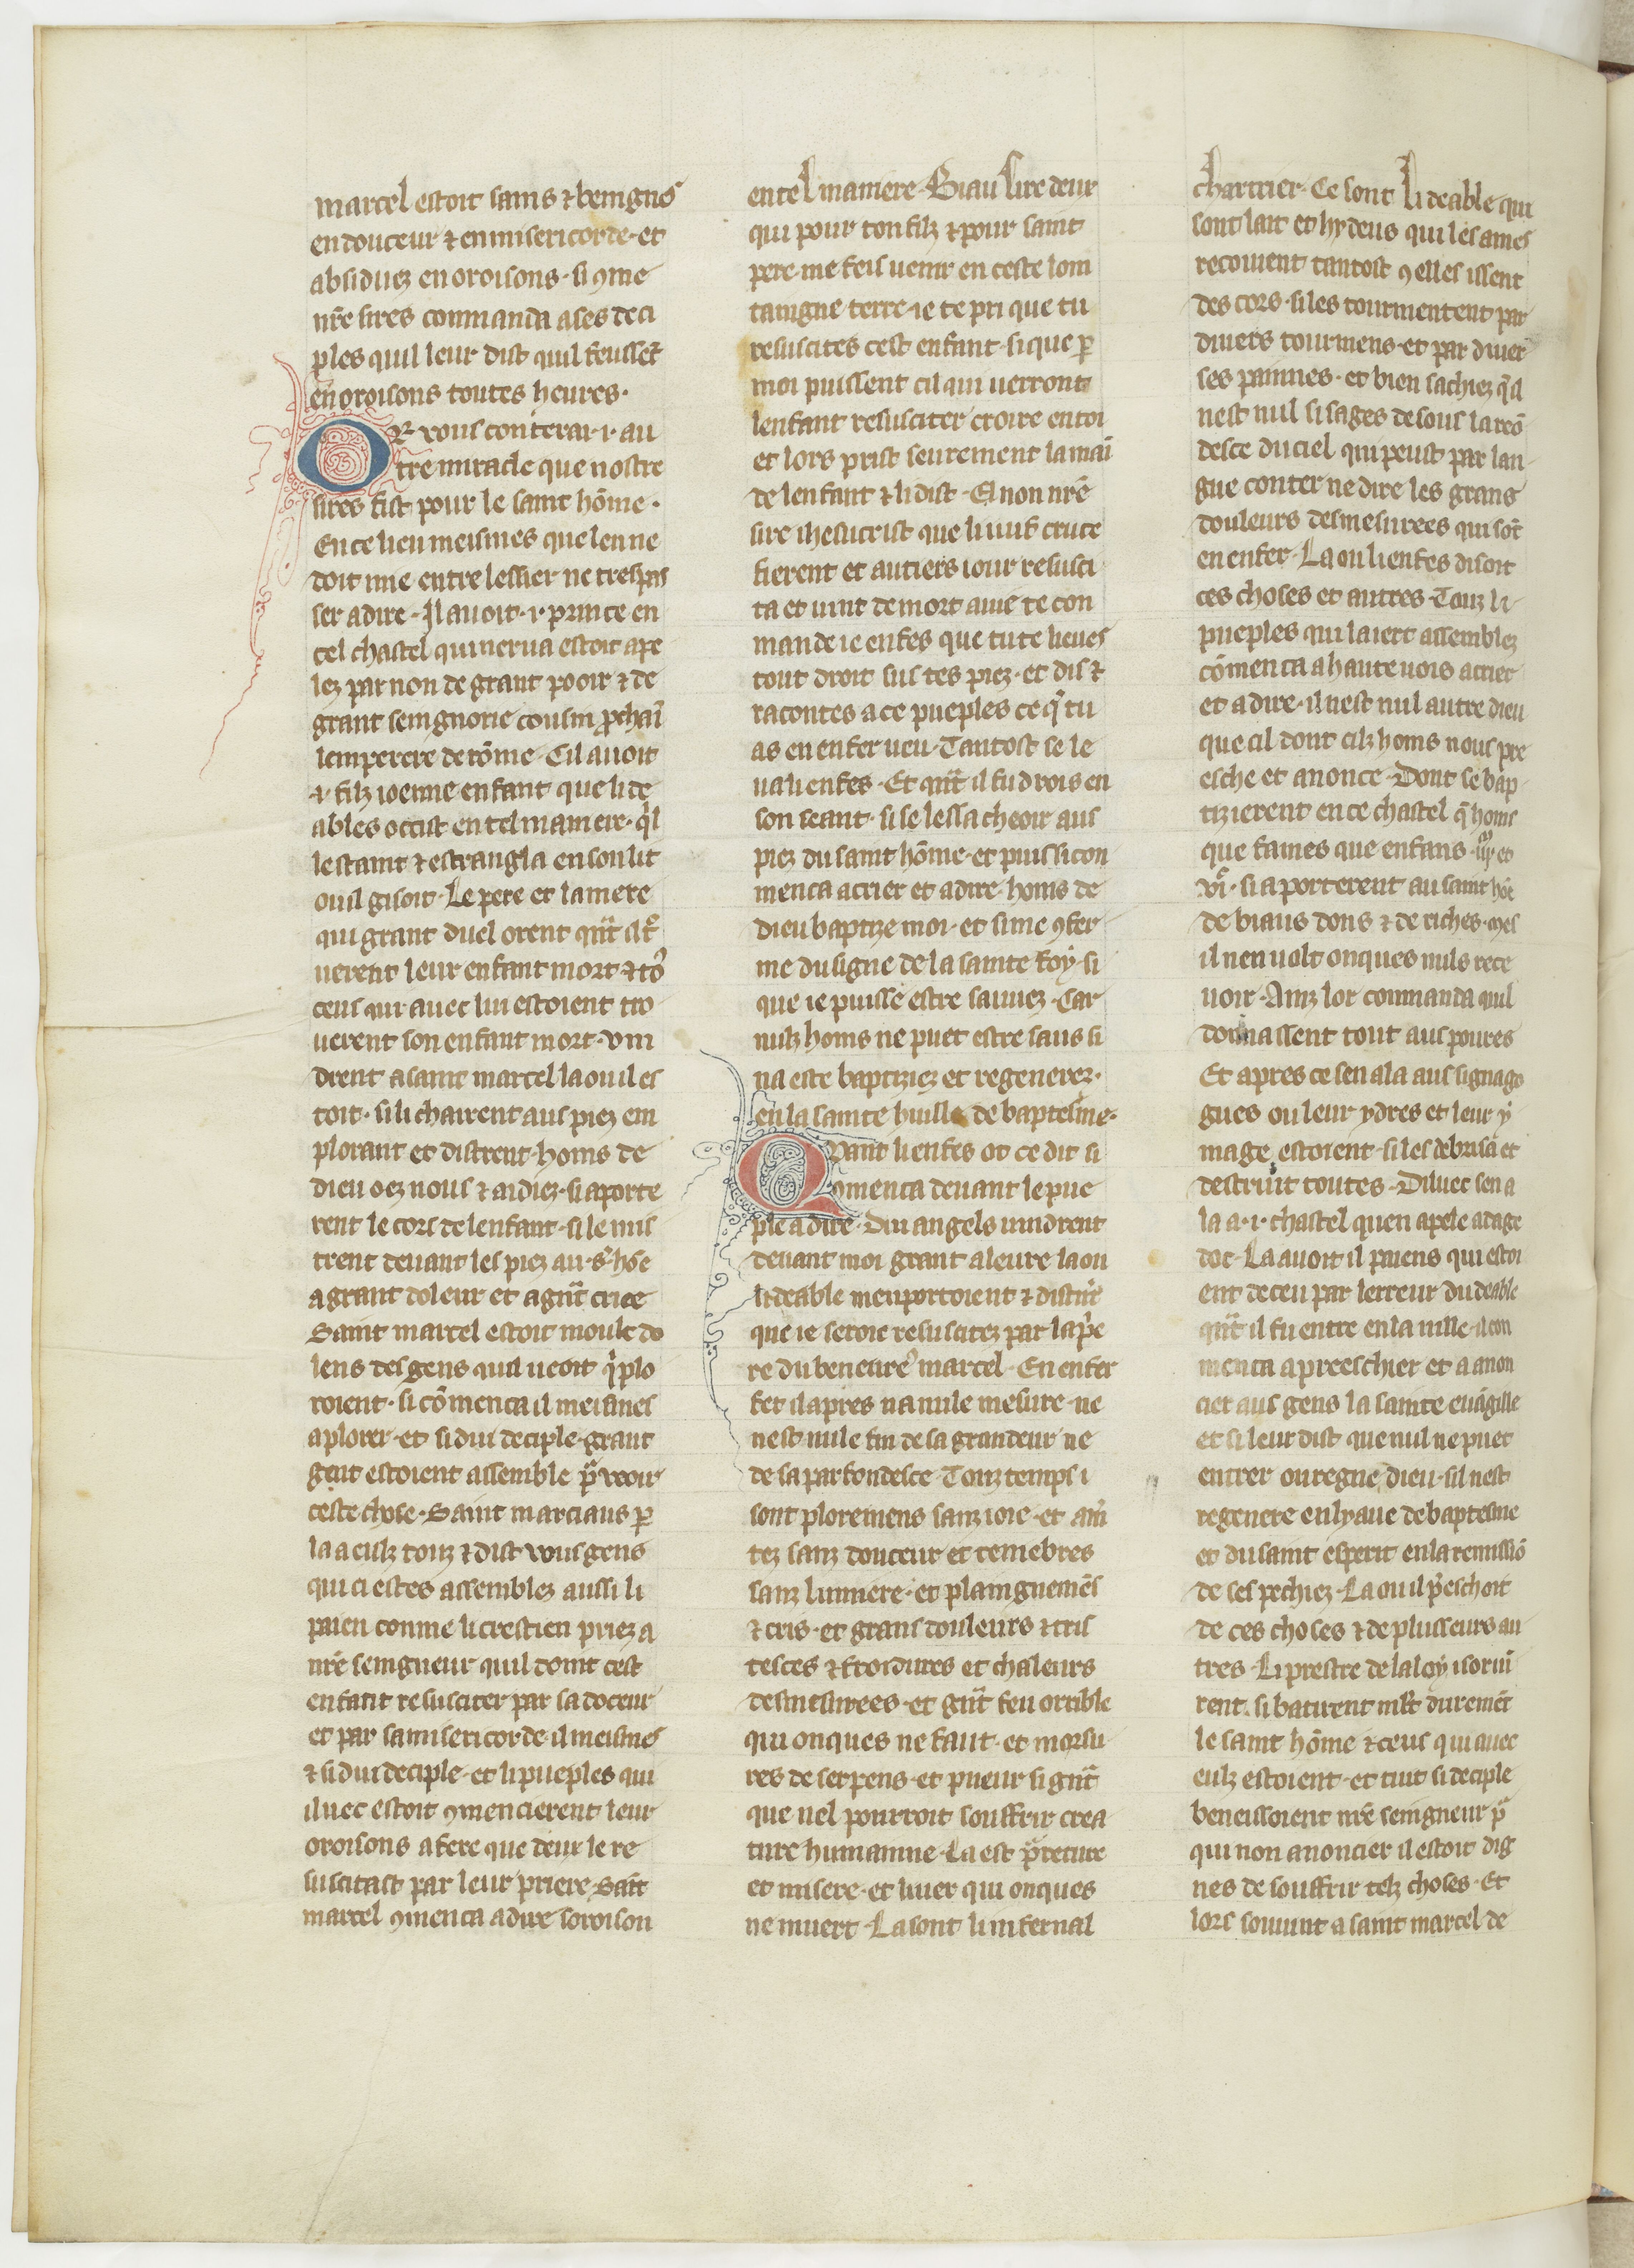
Shelfmark: Paris, BnF, fr. 185
Century: 15